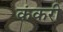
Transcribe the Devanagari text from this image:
कंकरी